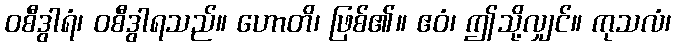
ဝစီဒွါရံ၊ ဝစီဒွါရသည်။ ဟောတိ၊ ဖြစ်၏။ ဧဝံ၊ ဤသို့လျှင်။ ကုသလံ၊